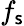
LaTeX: f_{\mathsf{s}}